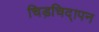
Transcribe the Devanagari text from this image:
चिड़चिद्ापन